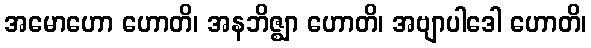
အမောဟော ဟောတိ၊ အနဘိဇ္ဈာ ဟောတိ၊ အဗျာပါဒေါ ဟောတိ၊